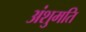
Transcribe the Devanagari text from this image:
अंशुमति